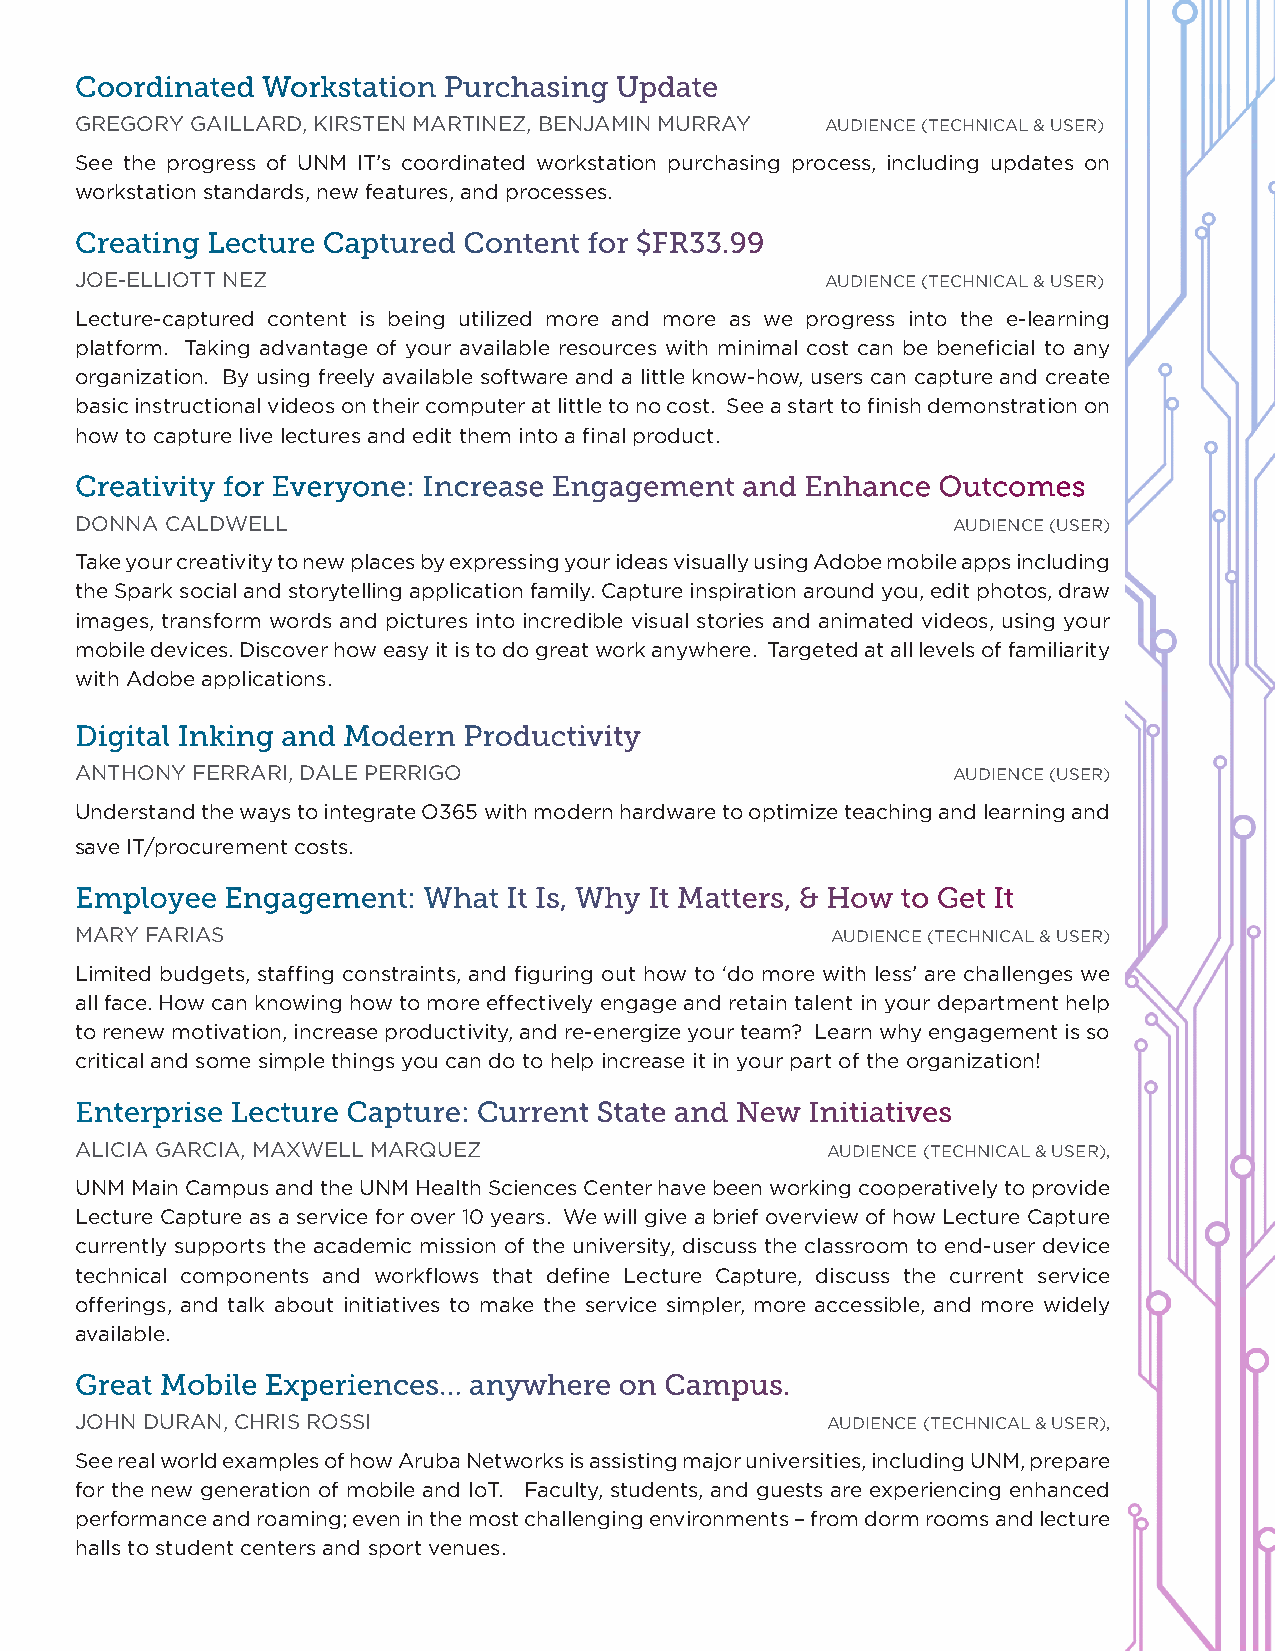
Coordinated Workstation Purchasing  Update
 GREGORY GAILLARD, KIRSTEN MARTINEZ, BENJAMIN MURRAY AUDIENCE (TECHNICAL & USER)
 See the progress of UNM IT’s coordinated workstation purchasing process, including updates on
 workstation standards, new features, and processes.
 Creating Lecture Captured Content for $FR33.99
 JOE-ELLIOTT NEZ                                   AUDIENCE (TECHNICAL & USER)
 Lecture-captured content is being utilized more and more as we progress into the e-learning
 platform. Taking advantage of your available resources with minimal cost can be beneficial to any
 organization. By using freely available software and a little know-how, users can capture and create
 basic instructional videos on their computer at little to no cost. See a start to finish demonstration on
 how to capture live lectures and edit them into a final product.
 Creativity for Everyone: Increase Engagement and Enhance Outcomes
 DONNA CALDWELL                                            AUDIENCE (USER)
 Take your creativity to new places by expressing your ideas visually using Adobe mobile apps including
 the Spark social and storytelling application family. Capture inspiration around you, edit photos, draw
 images, transform words and pictures into incredible visual stories and animated videos, using your
 mobile devices. Discover how easy it is to do great work anywhere. Targeted at all levels of familiarity
 with Adobe applications.
 Digital Inking and Modern Productivity
 ANTHONY FERRARI, DALE PERRIGO                             AUDIENCE (USER)
 Understand the ways to integrate O365 with modern hardware to optimize teaching and learning and
 save IT/procurement costs.
 Employee  Engagement:  What  It Is, Why It Matters, & How to Get It
 MARY FARIAS                                       AUDIENCE (TECHNICAL & USER)
 Limited budgets, staffing constraints, and figuring out how to ‘do more with less’ are challenges we
 all face. How can knowing how to more effectively engage and retain talent in your department help
 to renew motivation, increase productivity, and re-energize your team? Learn why engagement is so
 critical and some simple things you can do to help increase it in your part of the organization!
 Enterprise Lecture Capture: Current State and New Initiatives
 ALICIA GARCIA, MAXWELL MARQUEZ                    AUDIENCE (TECHNICAL & USER),
 UNM Main Campus and the UNM Health Sciences Center have been working cooperatively to provide
 Lecture Capture as a service for over 10 years. We will give a brief overview of how Lecture Capture
 currently supports the academic mission of the university, discuss the classroom to end-user device
 technical components and workflows that define Lecture Capture, discuss the current service
 offerings, and talk about initiatives to make the service simpler, more accessible, and more widely
 available.
 Great Mobile Experiences… anywhere  on Campus.
 JOHN DURAN, CHRIS ROSSI                           AUDIENCE (TECHNICAL & USER),
 See real world examples of how Aruba Networks is assisting major universities, including UNM, prepare
 for the new generation of mobile and IoT. Faculty, students, and guests are experiencing enhanced
 performance and roaming; even in the most challenging environments – from dorm rooms and lecture
 halls to student centers and sport venues.